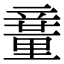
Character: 𥪽